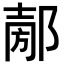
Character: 𨜤